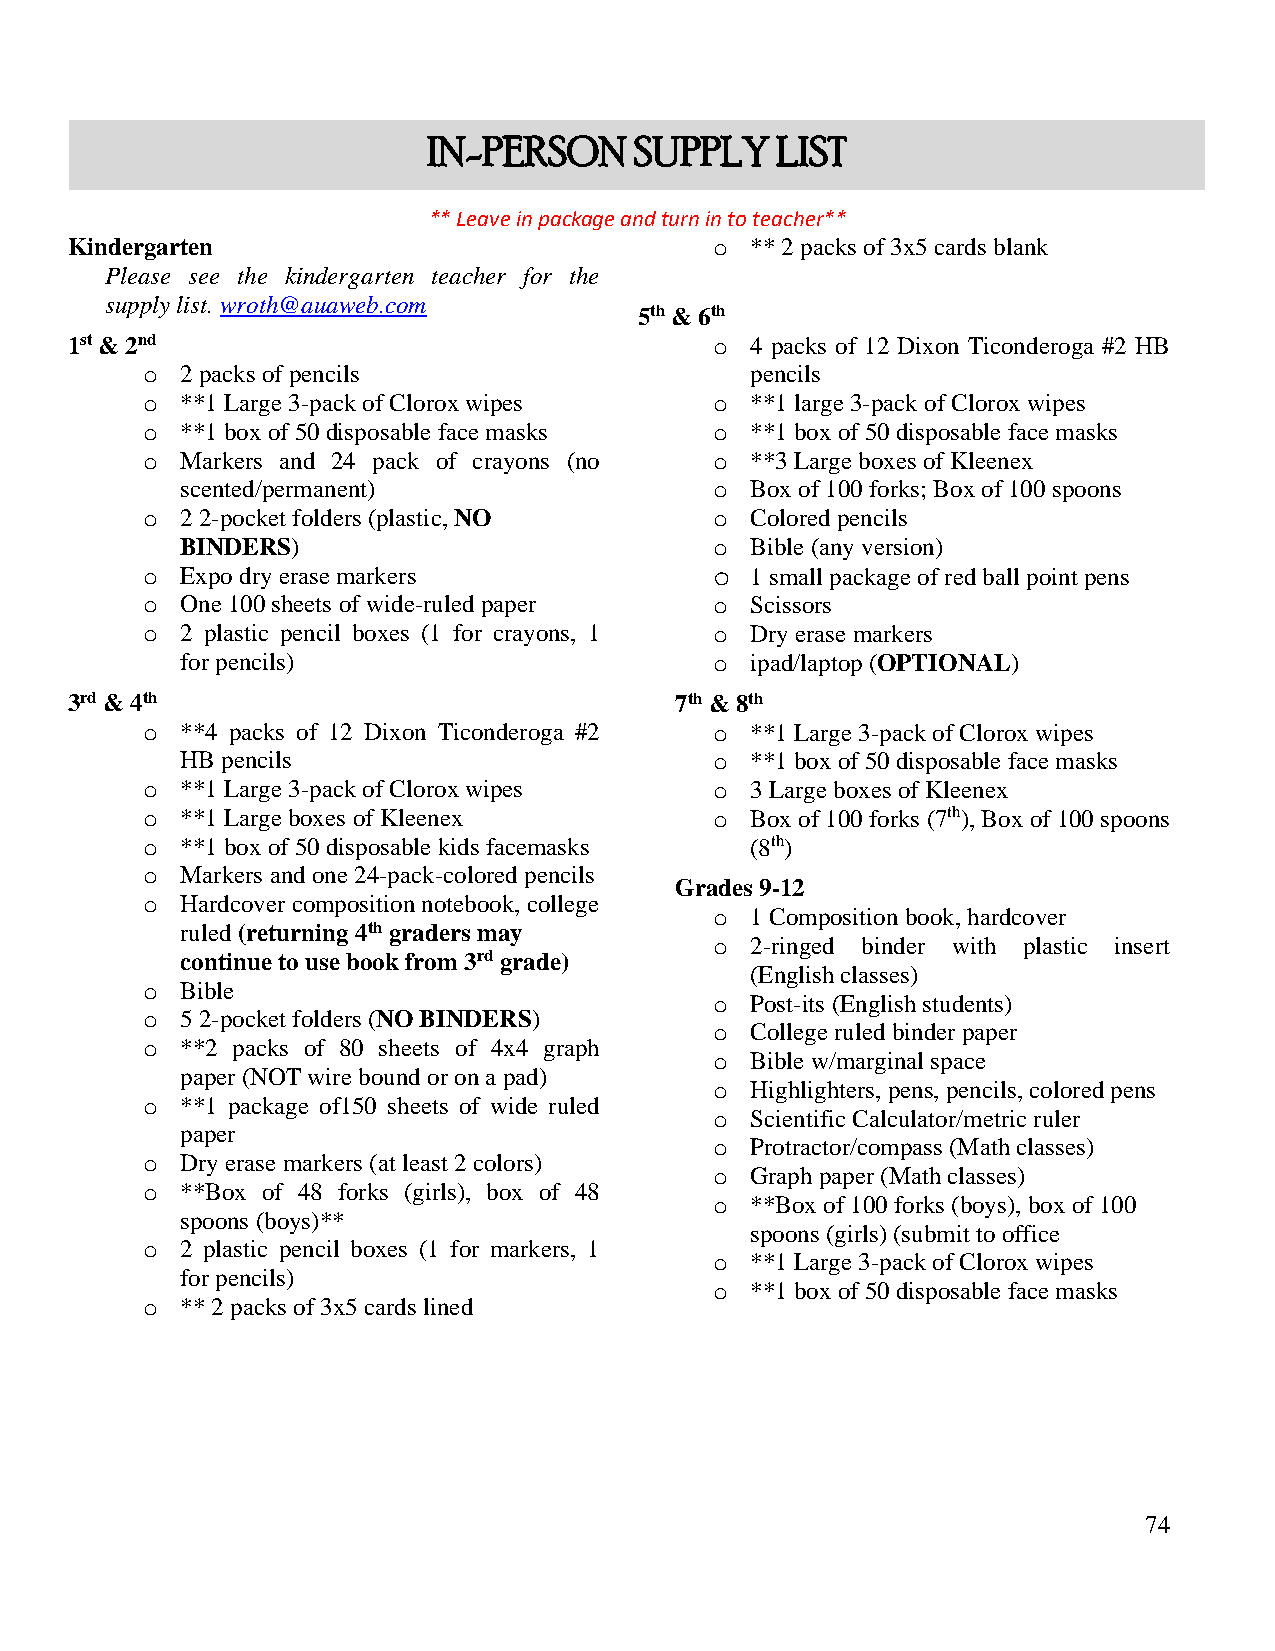
IN-PERSON     SUPPLY   LIST
 ** Leave in package and turn in to teacher**
 Kindergarten                               o  ** 2 packs of 3x5 cards blank
 Please see the kindergarten teacher for the
 supply list. wroth@auaweb.com
 5th & 6th
 1st & 2nd                                  o  4 packs of 12 Dixon Ticonderoga #2 HB
 o  2 packs of pencils                    pencils
 o  **1 Large 3-pack of Clorox wipes   o  **1 large 3-pack of Clorox wipes
 o  **1 box of 50 disposable face masks o **1 box of 50 disposable face masks
 o  Markers and 24 pack of crayons (no o  **3 Large boxes of Kleenex
 scented/permanent)                 o  Box of 100 forks; Box of 100 spoons
 o  2 2-pocket folders (plastic, NO    o  Colored pencils
 BINDERS)                           o  Bible (any version)
 o  Expo dry erase markers             o  1 small package of red ball point pens
 o  One 100 sheets of wide-ruled paper o  Scissors
 o  2 plastic pencil boxes (1 for crayons, 1 o Dry erase markers
 for pencils)                       o  ipad/laptop (OPTIONAL)
 3rd & 4th                                7th & 8th
 o  **4 packs of 12 Dixon Ticonderoga #2 o **1 Large 3-pack of Clorox wipes
 HB pencils                         o  **1 box of 50 disposable face masks
 o  **1 Large 3-pack of Clorox wipes   o  3 Large boxes of Kleenex
 o  **1 Large boxes of Kleenex         o  Box of 100 forks (7th), Box of 100 spoons
 o  **1 box of 50 disposable kids facemasks (8th)
 o  Markers and one 24-pack-colored pencils
 Grades 9-12
 o  Hardcover composition notebook, college
 o  1 Composition book, hardcover
 ruled (returning 4th graders may
 o  2-ringed binder with plastic insert
 continue to use book from 3rd grade)
 (English classes)
 o  Bible
 o  Post-its (English students)
 o  5 2-pocket folders (NO BINDERS)
 o  College ruled binder paper
 o  **2 packs of 80 sheets of 4x4 graph
 o  Bible w/marginal space
 paper (NOT wire bound or on a pad)
 o  Highlighters, pens, pencils, colored pens
 o  **1 package of150 sheets of wide ruled
 o  Scientific Calculator/metric ruler
 paper
 o  Protractor/compass (Math classes)
 o  Dry erase markers (at least 2 colors)
 o  Graph paper (Math classes)
 o  **Box of 48 forks (girls), box of 48
 o  **Box of 100 forks (boys), box of 100
 spoons (boys)**
 spoons (girls) (submit to office
 o  2 plastic pencil boxes (1 for markers, 1
 o  **1 Large 3-pack of Clorox wipes
 for pencils)
 o  **1 box of 50 disposable face masks
 o  ** 2 packs of 3x5 cards lined
 74